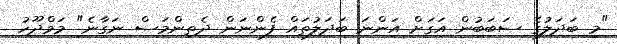
"މި ބަދަލުގެ ސަބަބުން އަގަށް އަންނަ ބަދަލުތައް ފެންނަން ދެތިންމަސް ނަގާނެ" މަމްދޫހު